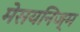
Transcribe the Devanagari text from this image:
मेसयनिज्म